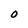
Character: O